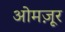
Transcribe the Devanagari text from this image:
ओमज़ूर